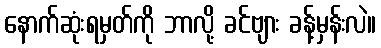
နောက်ဆုံးရမှတ်ကို ဘာလို့ ခင်ဗျား ခန့်မှန်းလဲ။